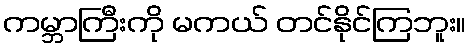
ကမ္ဘာကြီးကို မကယ် တင်နိုင်ကြဘူး။